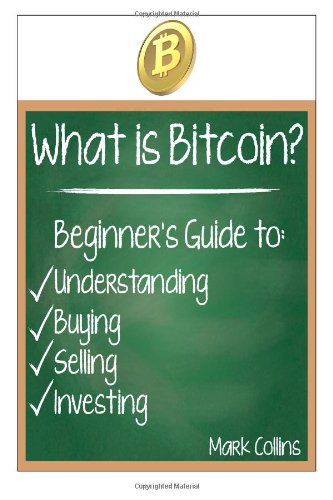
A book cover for What is Bitcoin? Guide to Understanding, Buying, Selling, and Investing Bitcoins; Mark Collins; Computers & Technology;